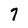
Character: 7